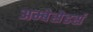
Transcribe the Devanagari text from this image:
अम्बेसेडर्स